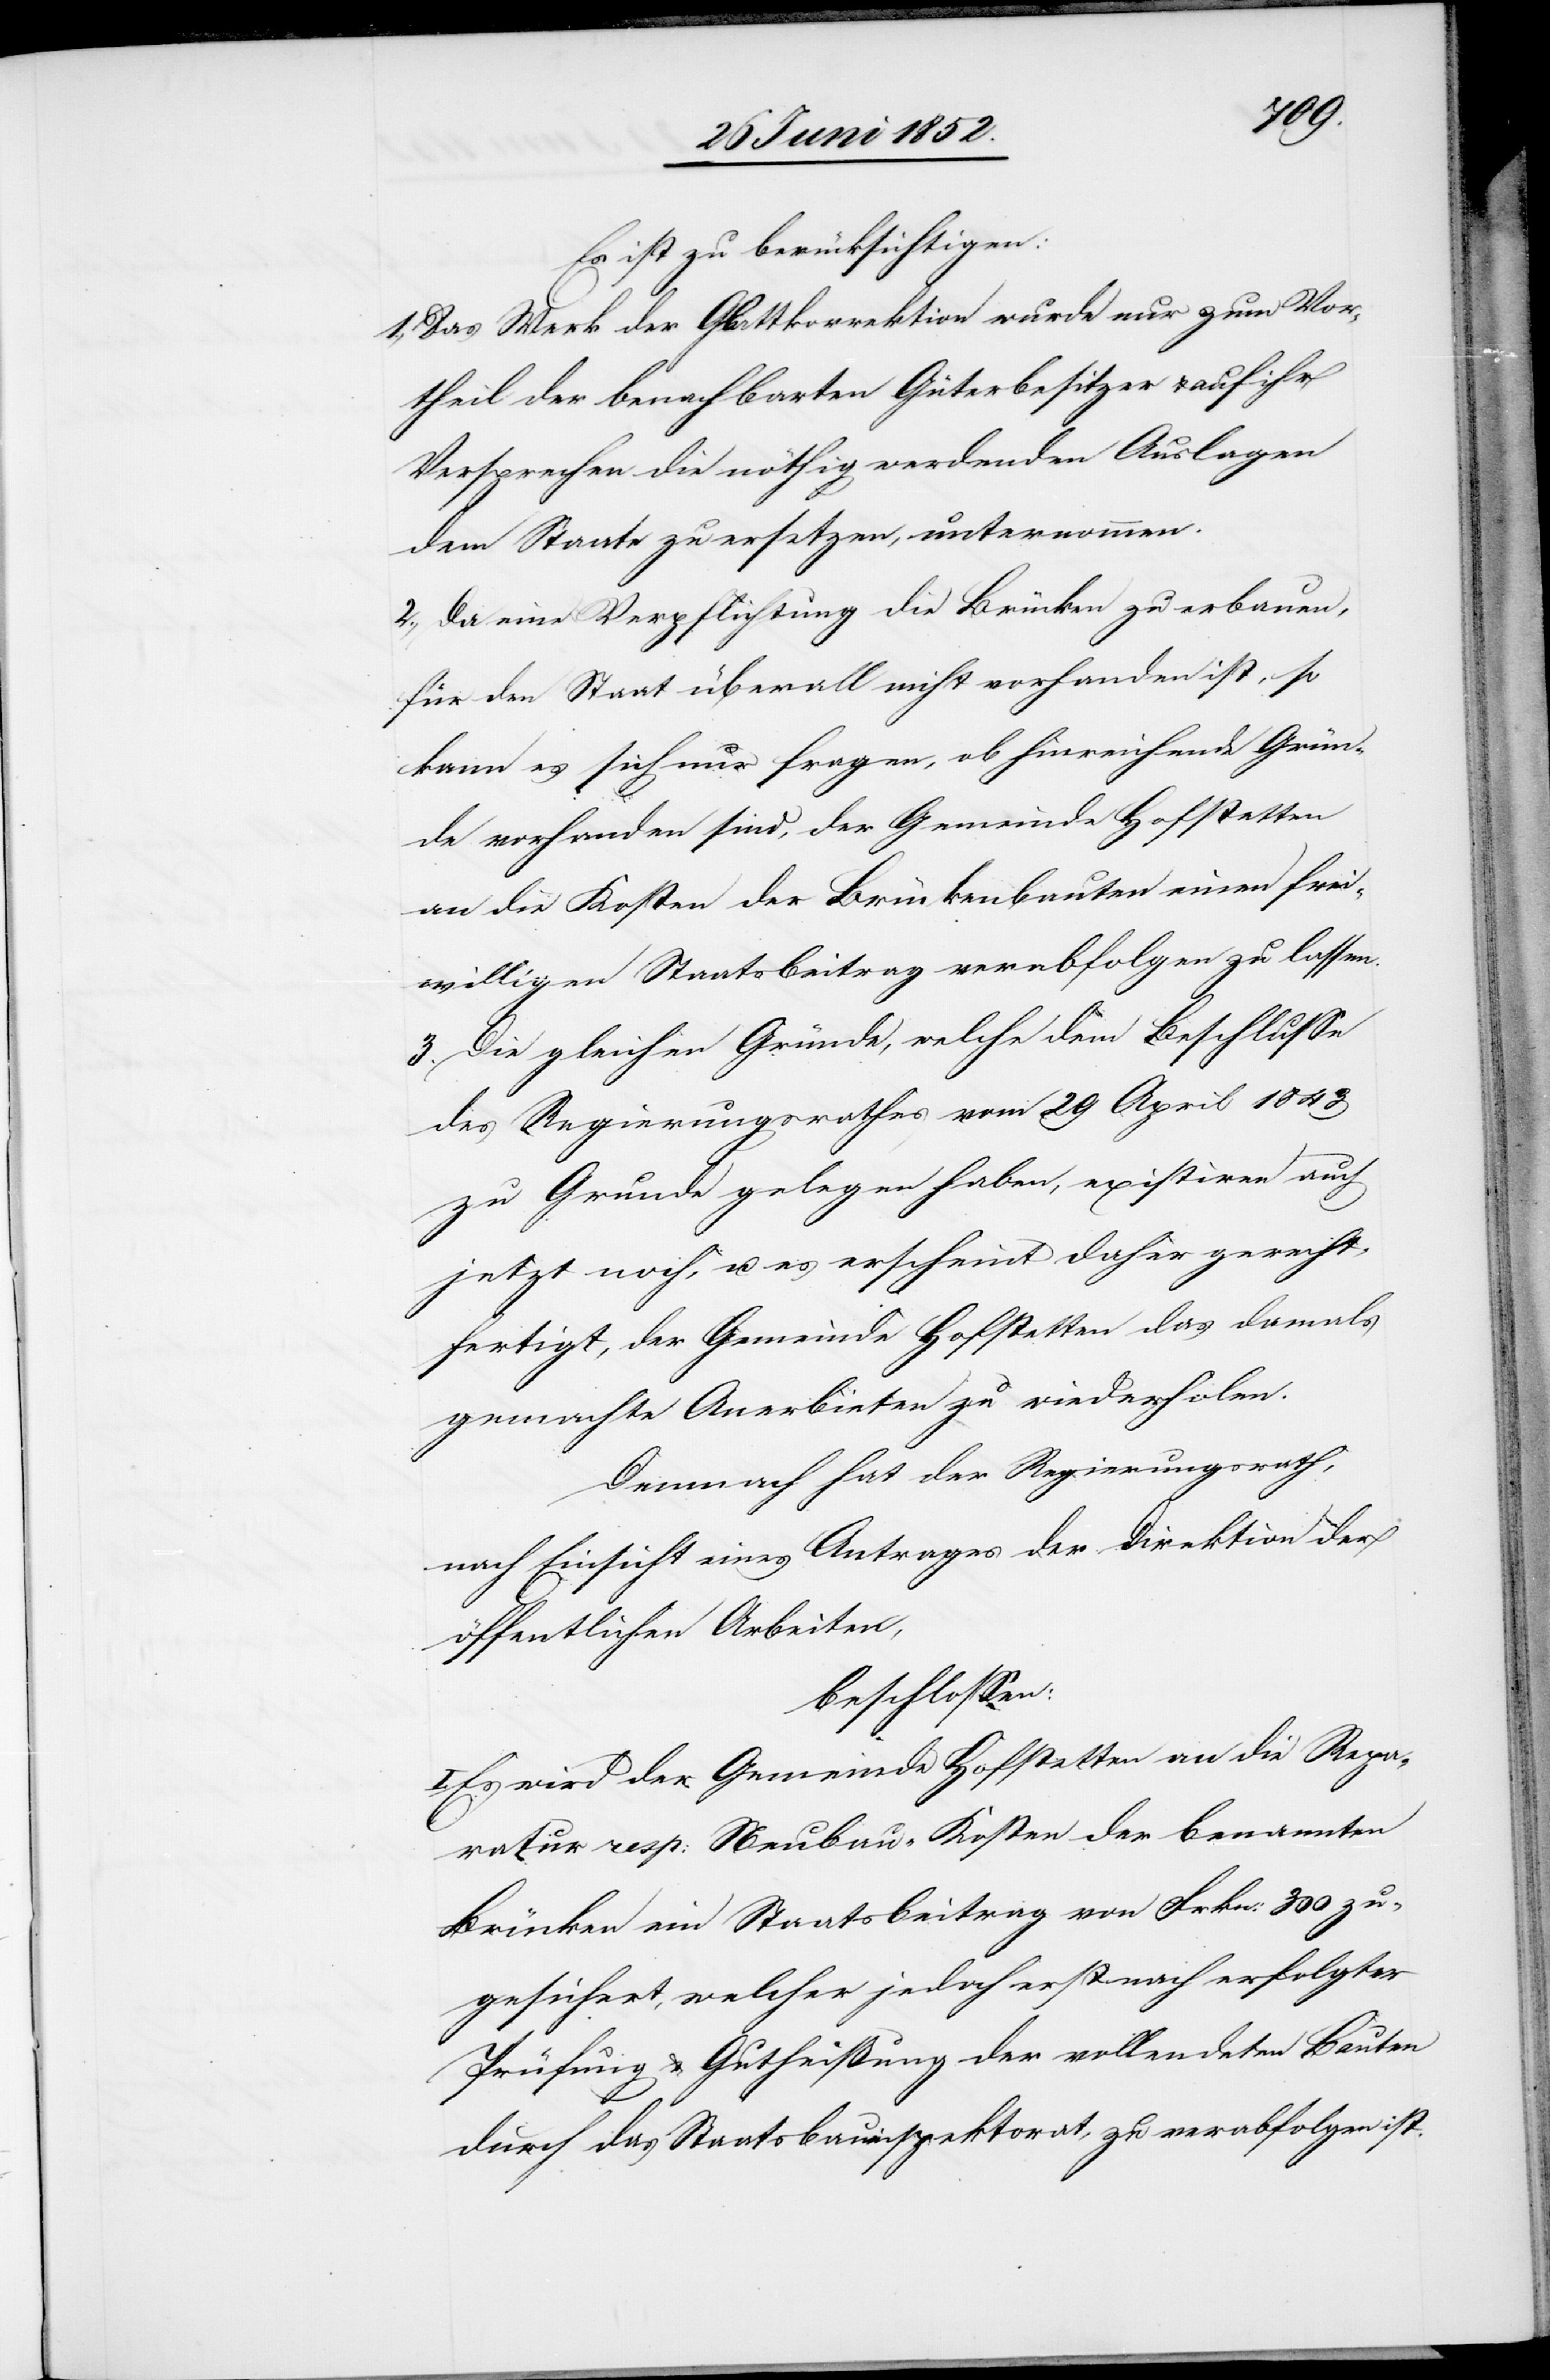
Es ist zu berücksichtigen:
1., Das Werk der Glattkorrektion wurde nur zum Vor¬
theil der benachbarten Güterbesitzer & auf ihr
Versprechen die nöthig werdenden Auslagen
dem Staate zu ersetzen, unternommen.
2., Da eine Verpflichtung die Brücken zu erbauen,
für den Staat überall nicht vorhanden ist, so
kann es sich nur fragen, ob hinreichende Grün¬
de vorhanden sind, der Gemeinde Hofstetten
an die Kosten der Brückenbauten einen frei¬
willigen Staatsbeitrag verabfolgen zu lassen.
3. Die gleichen Gründe, welche dem Beschlusse
des Regierungsrathes vom 29 April 1843
zu Grunde gelegen haben, existiren auch
jetzt noch, u. es erscheint daher gerecht¬
fertigt, der Gemeinde Hofstetten das damals
gemachte Anerbieten zu wiederholen.
Demnach hat der Regierungsrath,
nach Einsicht eines Antrages der Direktion der
öffentlichen Arbeiten,
beschlossen:
Es wird der Gemeinde Hofstetten an die Repa¬
ratur resp: Neubau-Kosten der benannten
Brücken ein Staatsbeitrag von Frkn: 300 zu¬
gesichert, welcher jedoch erst nach erfolgter
Prüfung & Gutheißung der vollendeten Bauten
durch das Staatsbauinspektorat, zu verabfolgen ist.